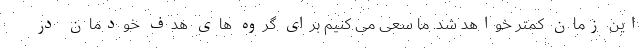
این زمان کمتر خواهد شد. ما سعی می کنیم برای گروه های هدف خودمان در